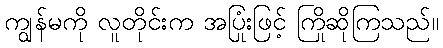
ကျွန်မကို လူတိုင်းက အပြုံးဖြင့် ကြိုဆိုကြသည်။